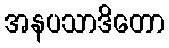
အနပသာဒိတော